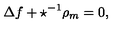
\Delta f + \star ^ { - 1 } \rho _ { m } = 0 ,